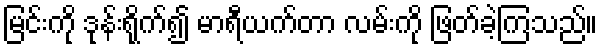
မြင်းကို ဒုန်းရိုက်၍ မာရီယက်တာ လမ်းကို ဖြတ်ခဲ့ကြသည်။